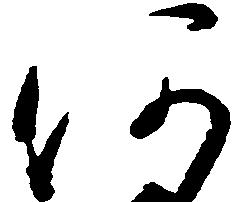
何